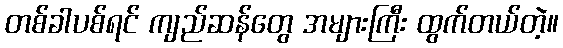
တစ်ခါပစ်ရင် ကျည်ဆန်တွေ အများကြီး ထွက်တယ်တဲ့။